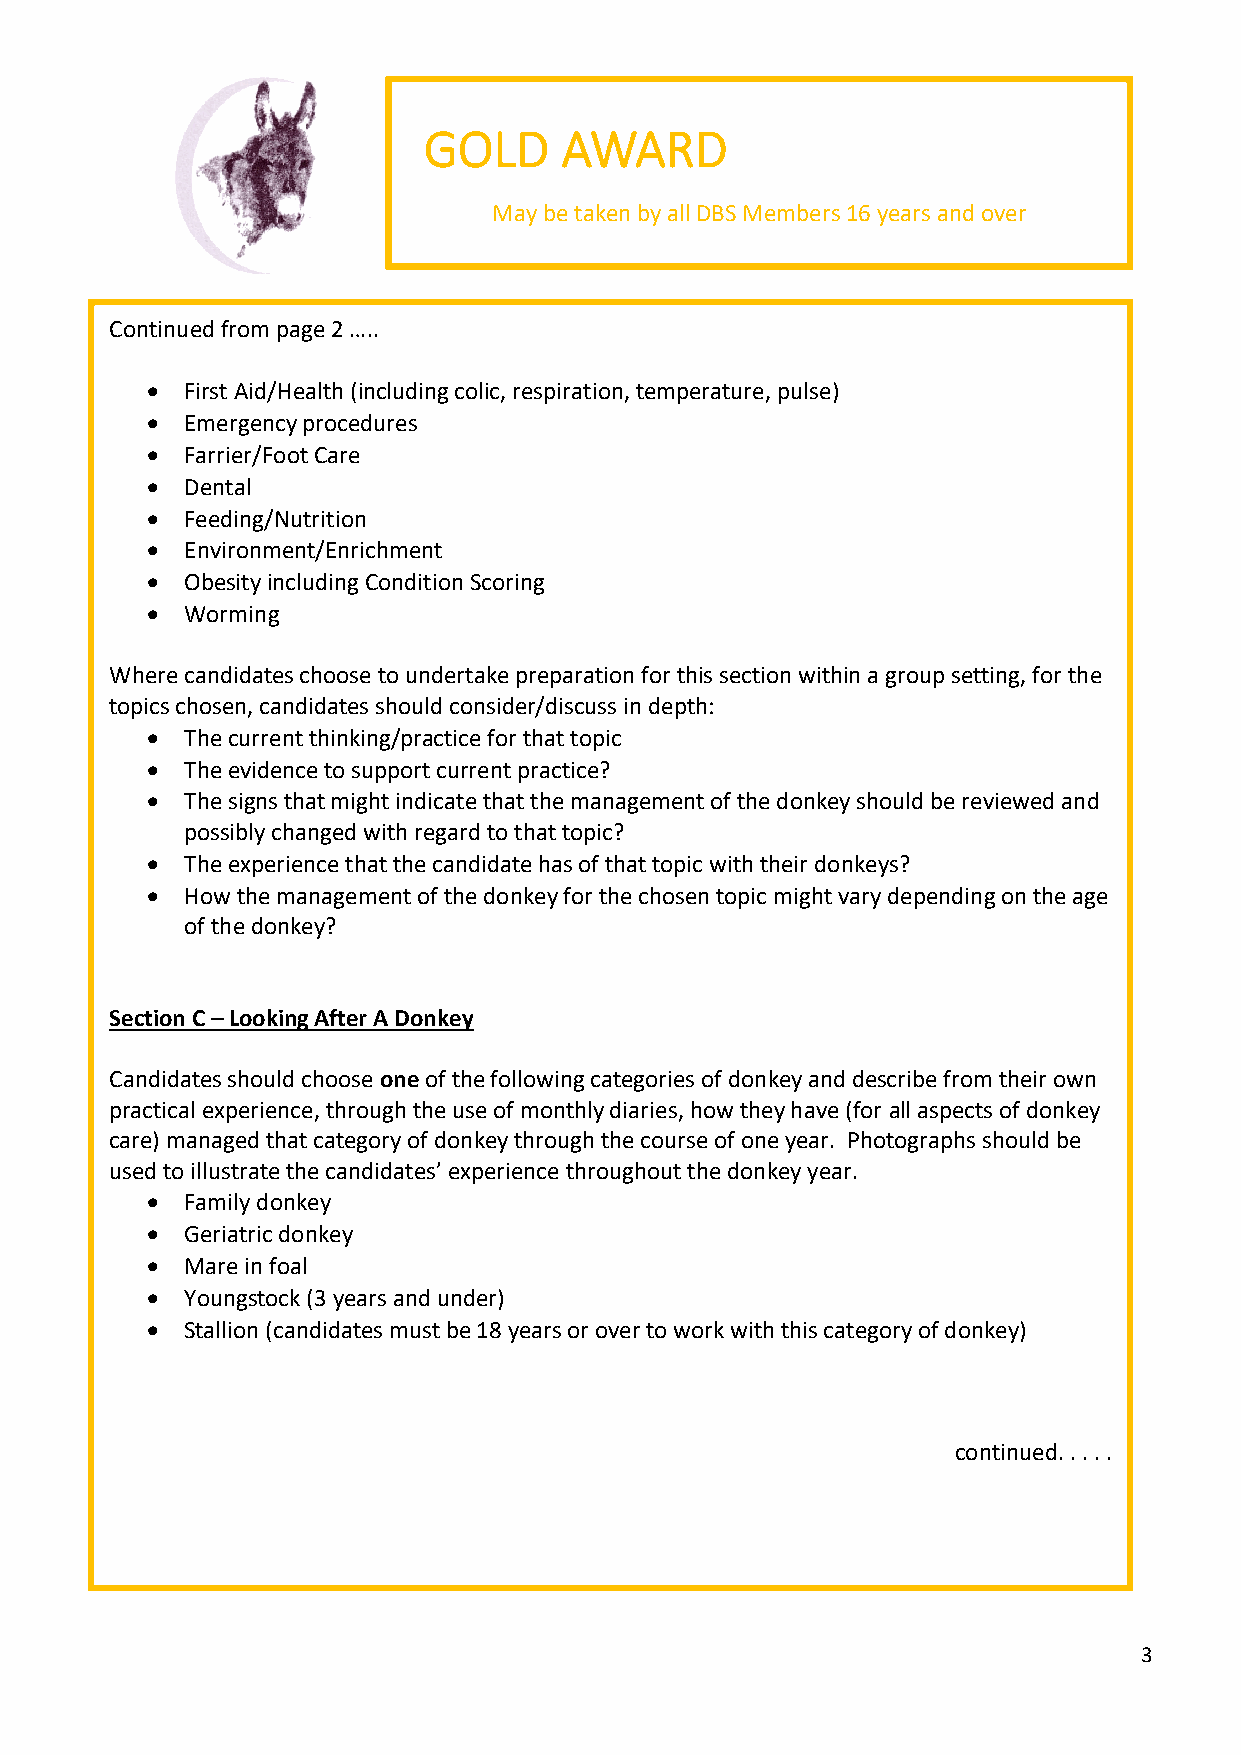
GOLD     AWARD
 May be taken by all DBS Members 16 years and over
 Continued from page 2 …..
 • First Aid/Health (including colic, respiration, temperature, pulse)
 • Emergency procedures
 • Farrier/Foot Care
 • Dental
 • Feeding/Nutrition
 • Environment/Enrichment
 • Obesity including Condition Scoring
 • Worming
 Where candidates choose to undertake preparation for this section within a group setting, for the
 topics chosen, candidates should consider/discuss in depth:
 • The current thinking/practice for that topic
 • The evidence to support current practice?
 • The signs that might indicate that the management of the donkey should be reviewed and
 possibly changed with regard to that topic?
 • The experience that the candidate has of that topic with their donkeys?
 • How the management of the donkey for the chosen topic might vary depending on the age
 of the donkey?
 Section C – Looking After A Donkey
 Candidates should choose one of the following categories of donkey and describe from their own
 practical experience, through the use of monthly diaries, how they have (for all aspects of donkey
 care) managed that category of donkey through the course of one year. Photographs should be
 used to illustrate the candidates’ experience throughout the donkey year.
 • Family donkey
 • Geriatric donkey
 • Mare in foal
 • Youngstock (3 years and under)
 • Stallion (candidates must be 18 years or over to work with this category of donkey)
 continued. . . . .
 3